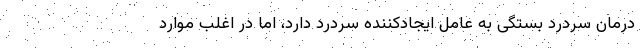
درمان سردرد بستگی به عامل ایجادکننده سردرد دارد، اما در اغلب موارد